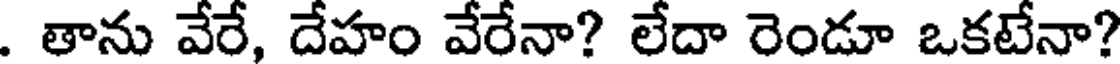
. తాను వేరే, దేహం వేరేనా? లేదా రెండూ ఒకటేనా?